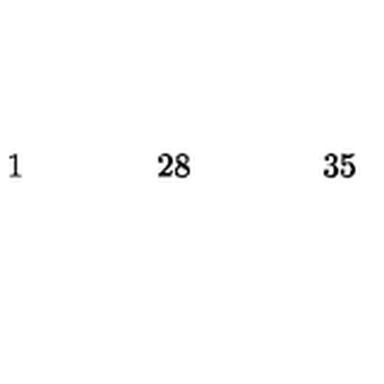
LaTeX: \begin{array} { c c c c c c c c c c c c c c c c c } { 1 } & { } & { } & { } & { 2 8 } & { } & { } & { } & { 3 5 } & { } & { } & { } & { } & { } & { } & { } & { } \\ \end{array}